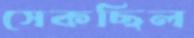
সেকছিল